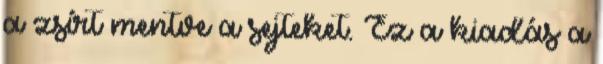
a zsírt mentve a sejteket. Ez a kiadás a